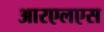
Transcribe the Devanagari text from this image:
आरएलएस